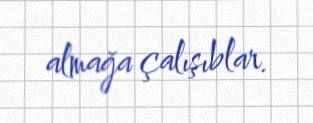
almağa çalışıblar.